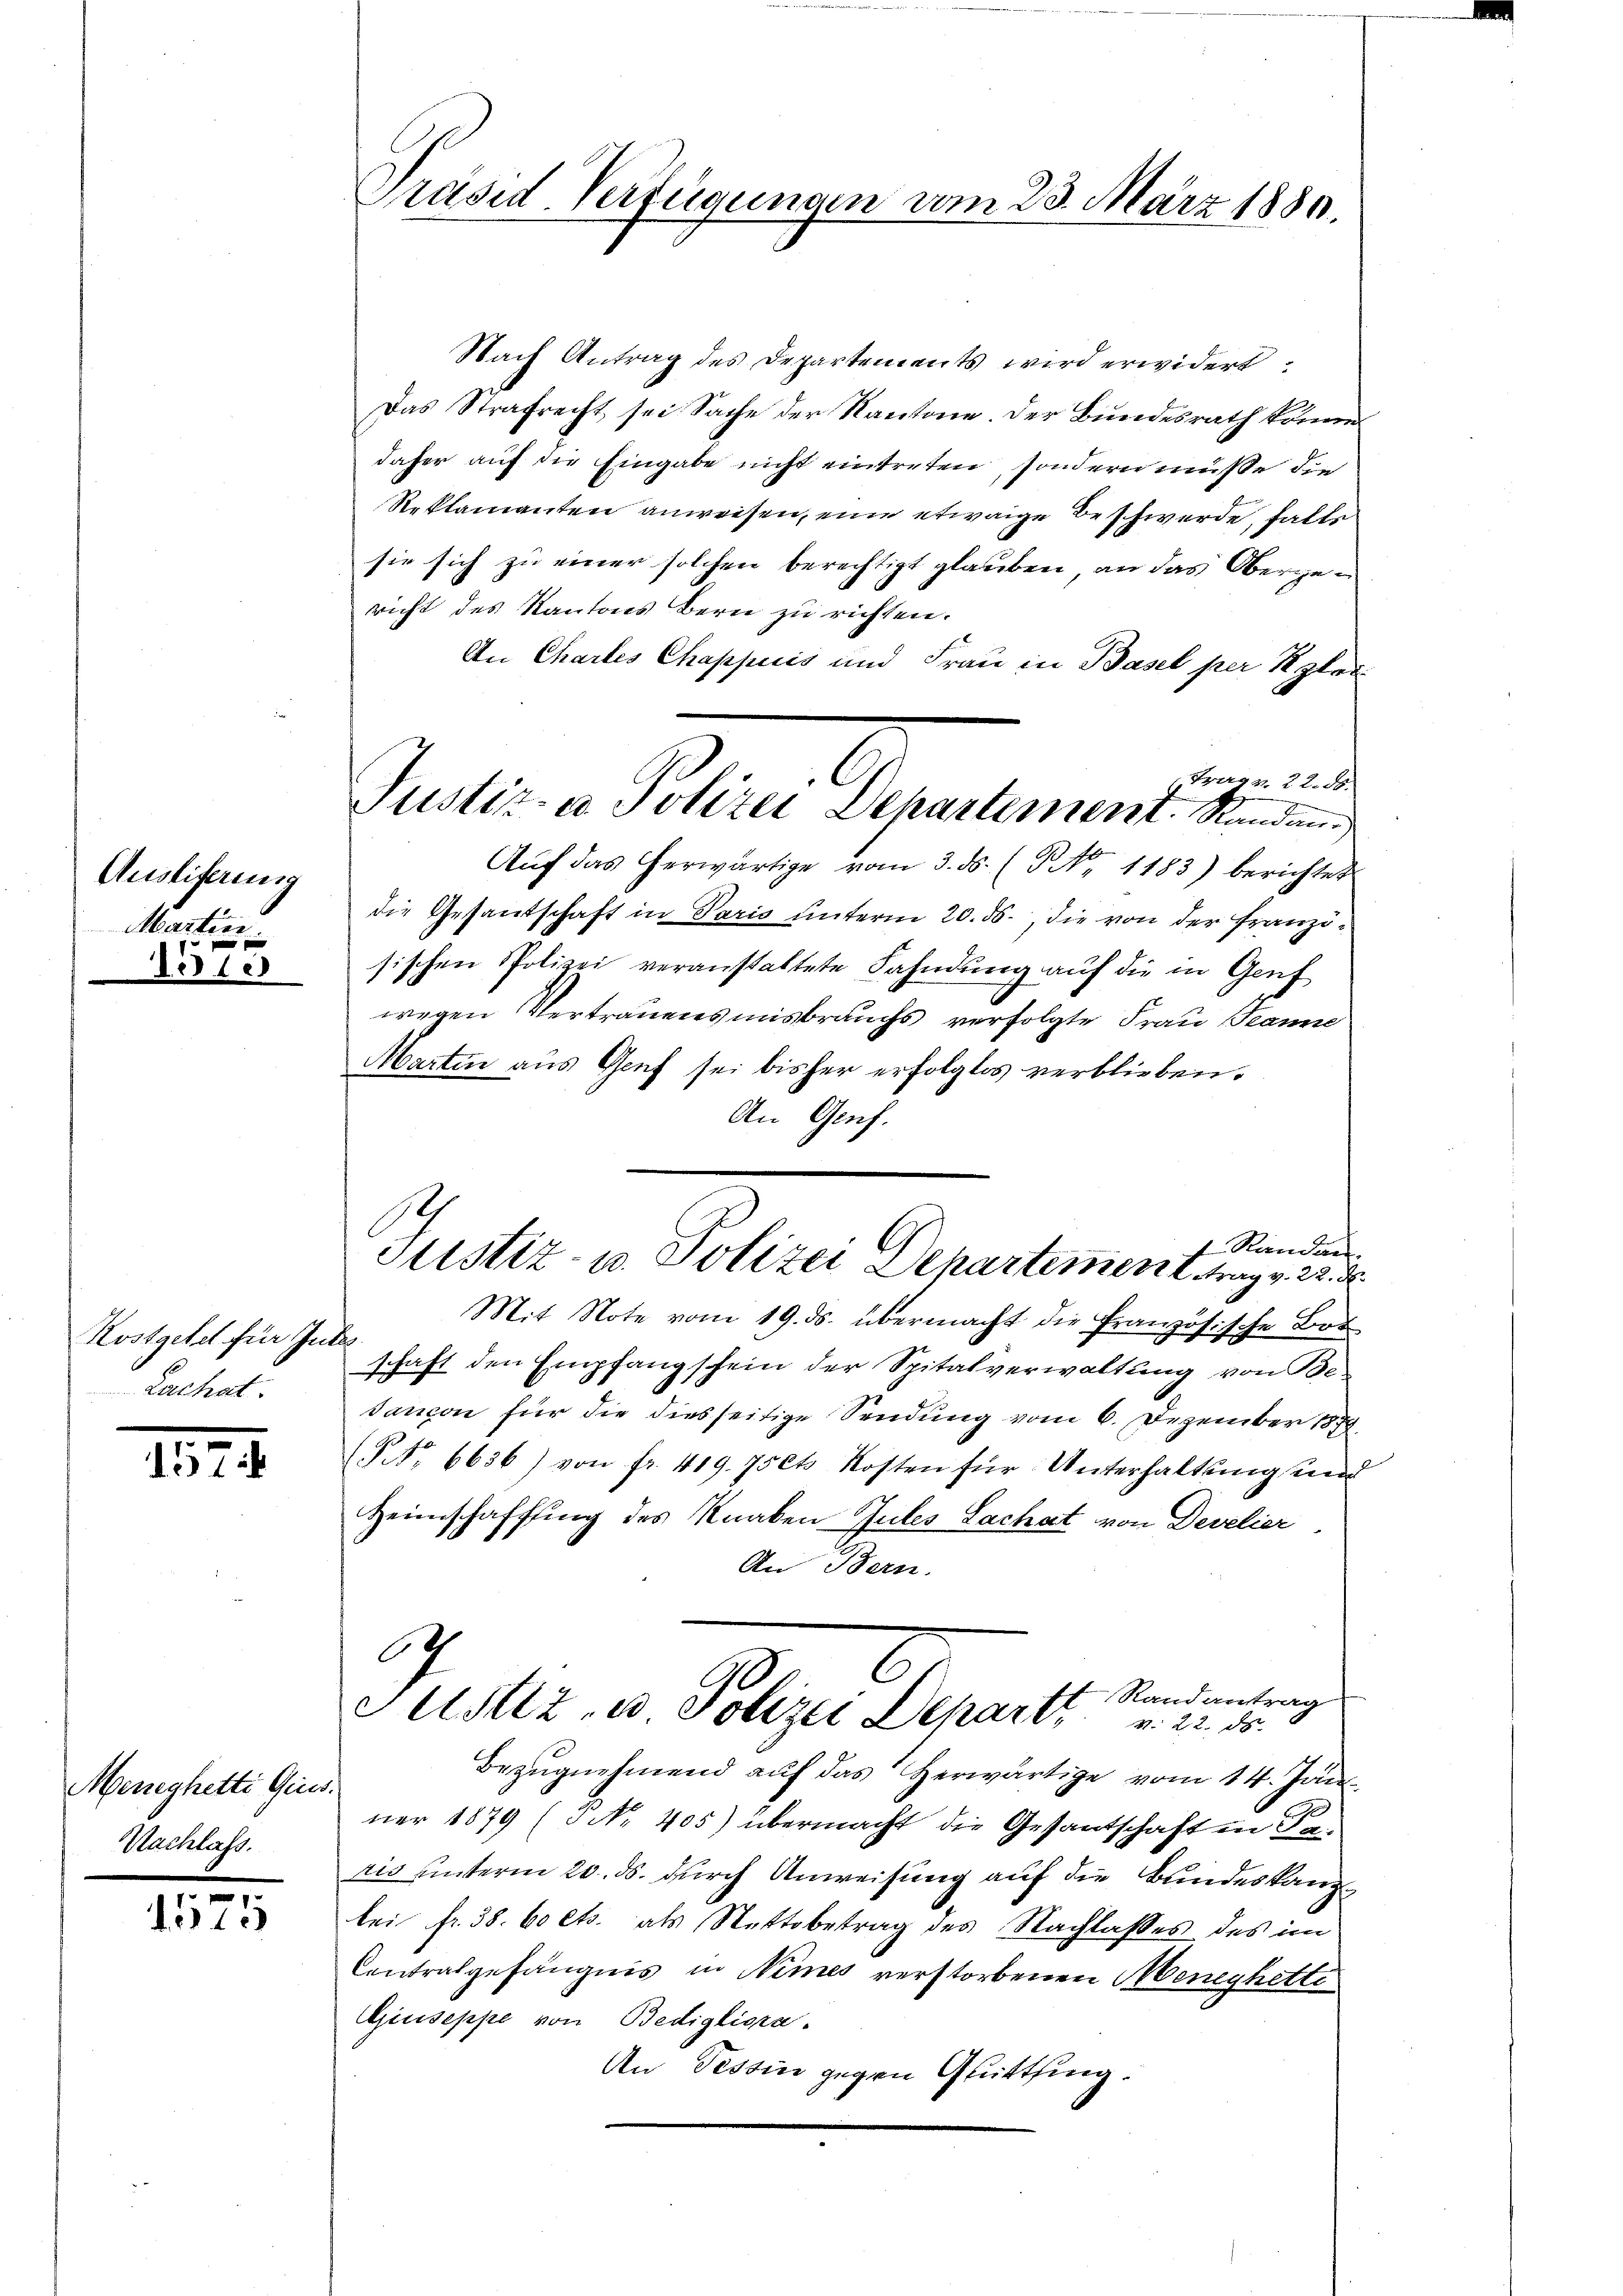
Ausliferung
Marten.

Sidler

Kostgetel für Gutes.
Lachat.

157

Meneghetti Ges.
Nachlass.

1575

Präsid Verfügungen vom 23. März 1880.

Nach Antrag des Departements wird erwidert
Das Strafrecht sei Sache der Kantone der Bundesrath kommen
daher auf die Eingabe nicht eintreten, sondern müsse die
Reklamanten anweisen, eine etwaige Beschwerde, falls
sie sich zu einer solchen berechtigt glauben, an das Obergericht des Kantons Bern zu richten.
An Chartes Chappeis und Frau in Basel per glei
Trag. 22. 58.
Aŭf das herwärtige vom 3. ds. (No 1183) berichtet
die Gesantschaft in Paris unterm 20. ds., die von der Franzitischen Polizei veranstattete Fahndung auf die in Genf
t
wegen Vertrauensmisbrauchs verfolgte Frau Panne
Martin aus Genf sei bisher erfolglos verblieben.
An Genf.
Mit Note vom 19. ds. übermacht die Französische Bot
schaft den Empfangschein der Spitalverwaltung von Be-
Tancon für die diesseitige Sendung vom 6. Dezember 1879
NNo. 6636) von fr. 419. 75cts Kosten für Unterhaltung und
Heimschaffung des Knaben Gutes Lachat von Develier
An Bern.
C
2
Randantrag
Justiz- u. Polizei Depart. 22. d.
Bezŭgnehmend auf das herwärtige vom 14. Jan
ner 1879 (Nr. 405) übermacht die Gesantschaft in
ris unterm 20. ds. durch Anweisung auf die Bundeskanzbei fr. 38. boets. als Nettobetrag des Nachlasses des im
Contralgefängnis in Nimes verstorbenen Meneghette
Giuseppe von Bedigliora.
An Tessin gegen Quitting.

Justiz- u. Polizei Departement. Standen.

f Randen
Justiz- u. Polizei Departement, trag v. 22. d.